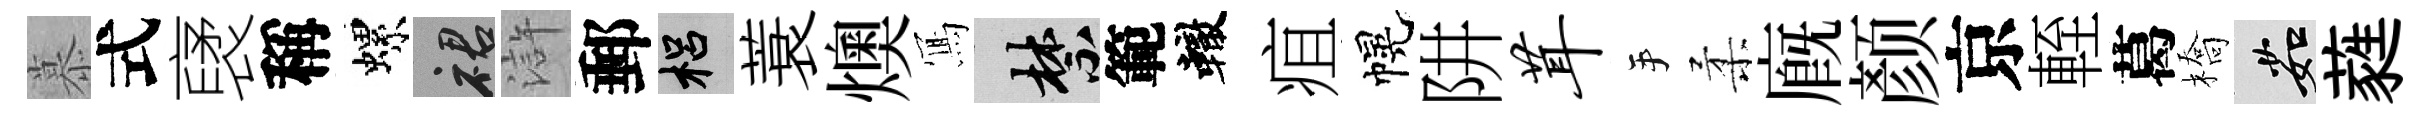
慕式裦稱螺裙滸郵梠蓑燠𭂁禁範轍疽幌阱茸手柔廐颜京輊葛橋茹蕤